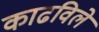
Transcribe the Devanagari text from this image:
काढविले